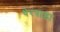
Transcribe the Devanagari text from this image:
थेरवाडा